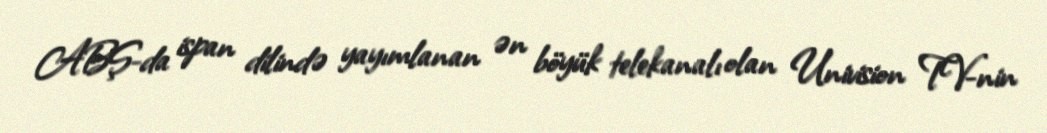
ABŞ-da ispan dilində yayımlanan ən böyük telekanalı olan Univision TV-nin